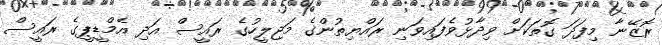
ރޮޒޭނާ މިފަދަ ގޮތަކަށް ވިދާޅުވެފައިވަނި ރައްޔިތުންގެ މަޖިލީހުގެ ރައީސް އަދި އެމްޑީޕީގެ ރައީސް